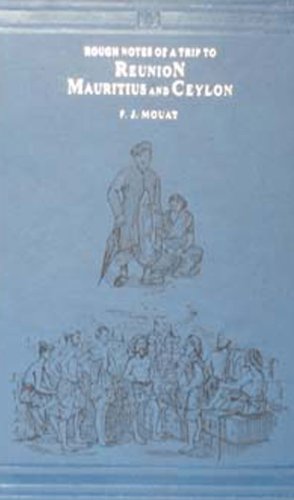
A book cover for Rough Notes: A Trip to Reunion Mauritius & Ceylon in the Year 1851; F. J. Mouat; Travel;